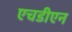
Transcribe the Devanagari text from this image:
एचडीएन